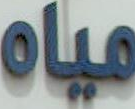
مياه